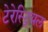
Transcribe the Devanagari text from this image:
टेरेस्‍ट्रियल